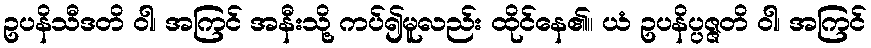
ဥပနိသီဒတိ ဝါ၊ အကြင် အနီးသို့ ကပ်၍မူလည်း ထိုင်နေ၏။ ယံ ဥပနိပ္ပဇ္ဇတိ ဝါ၊ အကြင်